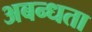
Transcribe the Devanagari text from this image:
अबन्धता